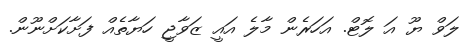
ލަވް ޔޫ އަ ލޮޓް. އަހަރެން މާލެ އައީ ޒަވާޖީ ހަޔާތެއް ފަށާކަށްނޫން.